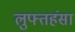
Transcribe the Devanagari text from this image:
लुफ्तहंसा